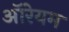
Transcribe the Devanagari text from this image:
ऑरेयम